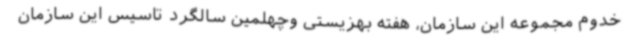
خدوم مجموعه این سازمان، هفته بهزیستی وچهلمین سالگرد تاسیس این سازمان